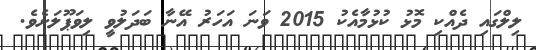
ލިލްގައި ދެއްކި މޮޅު ކުޅުމާއެކު 2015 ވަނަ އަހަރު އޭނާ ބަދަލުވީ ލިވަޕޫލަށެވެ.